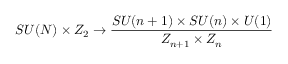
S U ( N ) \times Z _ { 2 } \rightarrow { \frac { S U ( n + 1 ) \times S U ( n ) \times U ( 1 ) } { Z _ { n + 1 } \times Z _ { n } } }